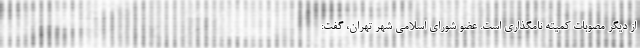
از دیگر مصوبات کمیته نامگذاری است. عضو شورای اسلامی شهر تهران، گفت: